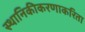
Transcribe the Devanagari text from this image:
स्थानिकीकरणाकरिता